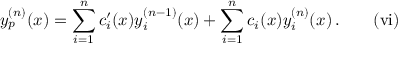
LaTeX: y _ { p } ^ { ( n ) } ( x ) = \sum _ { i = 1 } ^ { n } c _ { i } ^ { \prime } ( x ) y _ { i } ^ { ( n - 1 ) } ( x ) + \sum _ { i = 1 } ^ { n } c _ { i } ( x ) y _ { i } ^ { ( n ) } ( x ) \, \mathrm { . } \quad \quad \mathrm { { ( v i ) } }